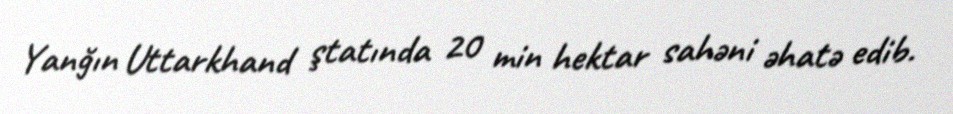
Yanğın Uttarkhand ştatında 20 min hektar sahəni əhatə edib.